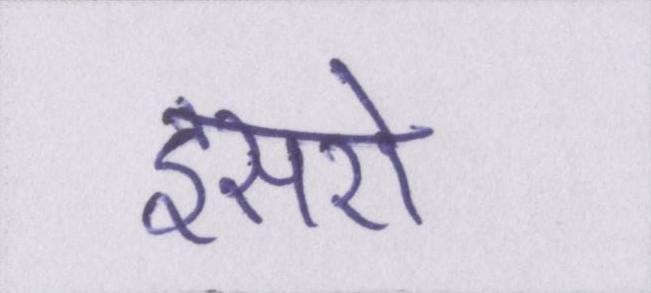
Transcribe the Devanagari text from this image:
इसरो